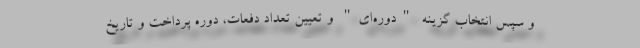
و سپس انتخاب گزینه "دوره‌ای" و تعیین تعداد دفعات، دوره پرداخت و تاریخ